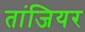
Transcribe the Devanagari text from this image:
तांजियर